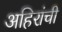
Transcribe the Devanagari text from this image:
अहिरांची